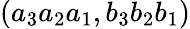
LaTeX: (a_{3}a_{2}a_{1},b_{3}b_{2}b_{1})